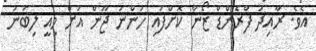
އެވެ. ރާއިދު ފްރެންޑް ޒޯން ކޮށްފައި ހުންނަ ޖޫން އަށް މިއީ ލިބުނު